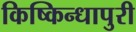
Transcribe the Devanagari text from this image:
किष्किन्धापुरी